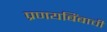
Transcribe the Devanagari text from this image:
प्रणयबिंबाची